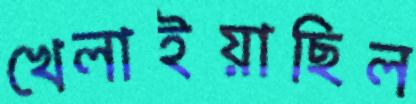
খেলাইয়াছিল